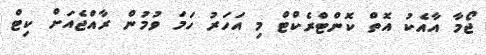
ޖޯމާ އާއެކު އޮތް ކޮންޓްރެކްޓް މި އަހަރު ހަމަ ވުމުން ރާއްޖެއަށް ކިޓް